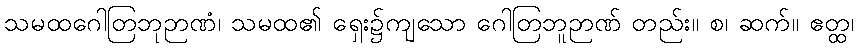
သမထဂေါတြဘုဉာဏံ၊ သမထ၏ ရှေး၌ကျသော ဂေါတြဘူဉာဏ် တည်း။ စ၊ ဆက်။ ဧတ္ထ၊